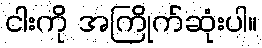
ငါးကို အကြိုက်ဆုံးပါ။